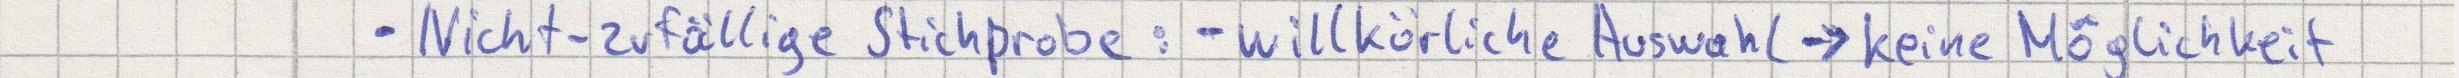
- Nicht-zufällige Stichprobe: - willkürliche Auswahl -> keine Möglichkeit